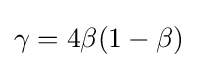
\gamma =4\beta (1-\beta )